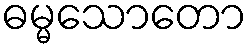
ဓမ္မသောတော